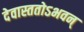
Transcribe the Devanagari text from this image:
देवास्ततोऽभवन्